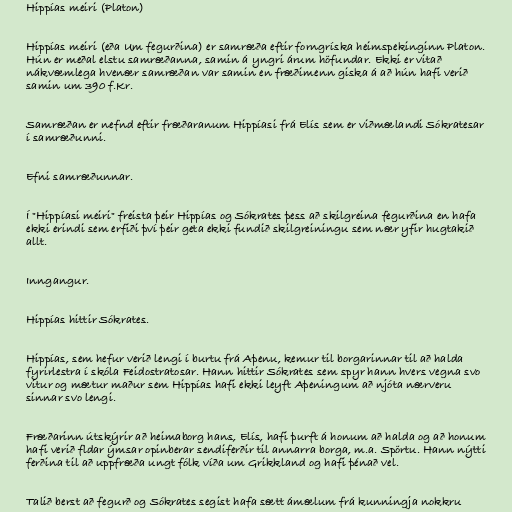
Hippías meiri (Platon)

Hippías meiri (eða Um fegurðina) er samræða eftir forngríska heimspekinginn Platon.
Hún er meðal elstu samræðanna, samin á yngri árum höfundar. Ekki er vitað
nákvæmlega hvenær samræðan var samin en fræðimenn giska á að hún hafi verið
samin um 390 f.Kr.

Samræðan er nefnd eftir fræðaranum Hippíasi frá Elís sem er viðmælandi Sókratesar
í samræðunni.

Efni samræðunnar.

Í "Hippíasi meiri" freista þeir Hippías og Sókrates þess að skilgreina fegurðina en hafa
ekki erindi sem erfiði því þeir geta ekki fundið skilgreiningu sem nær yfir hugtakið
allt.

Inngangur.

Hippías hittir Sókrates.

Hippías, sem hefur verið lengi í burtu frá Aþenu, kemur til borgarinnar til að halda
fyrirlestra í skóla Feidostratosar. Hann hittir Sókrates sem spyr hann hvers vegna svo
vitur og mætur maður sem Hippías hafi ekki leyft Aþeningum að njóta nærveru
sinnar svo lengi.

Fræðarinn útskýrir að heimaborg hans, Elís, hafi þurft á honum að halda og að honum
hafi verið fldar ýmsar opinberar sendiferðir til annarra borga, m.a. Spörtu. Hann nýtti
ferðina til að uppfræða ungt fólk víða um Grikkland og hafi þénað vel.

Talið berst að fegurð og Sókrates segist hafa sætt ámælum frá kunningja nokkru